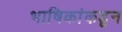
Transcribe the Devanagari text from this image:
भाषिकांकडून